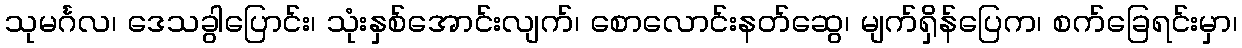
သုမင်္ဂလ၊ ဒေသခွါပြောင်း၊ သုံးနှစ်အောင်းလျက်၊ စောလောင်းနတ်ဆွေ၊ မျက်ရှိန်ပြေက၊ စက်ခြေရင်းမှာ၊